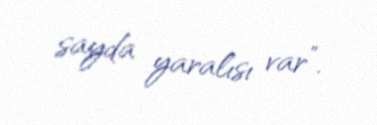
sayda yaralısı var”.